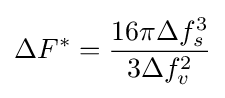
\Delta F^{*}={\frac {16\pi \Delta f_{s}^{3}}{3\Delta f_{v}^{2}}}